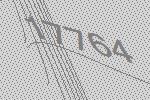
17764